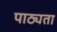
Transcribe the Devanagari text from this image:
पाठ्यता